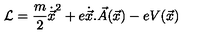
{ \cal { L } } = \frac { m } { 2 } { \dot { \vec { x } } } ^ { 2 } + e \dot { \vec { x } } . \vec { A } ( \vec { x } ) - e V ( \vec { x } )